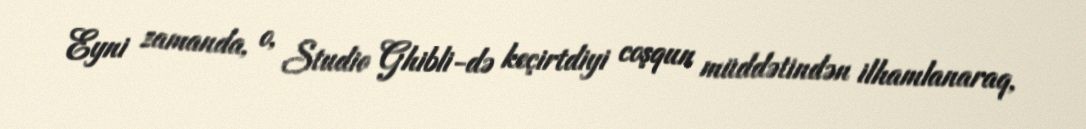
Eyni zamanda, o, Studio Ghibli-də keçirtdiyi coşqun müddətindən ilhamlanaraq,